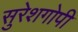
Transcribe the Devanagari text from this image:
सुरेशगोपी